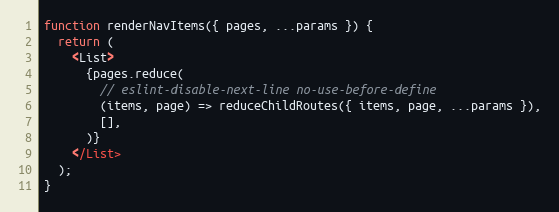
Language: JavaScript
function renderNavItems({ pages, ...params }) {
  return (
    <List>
      {pages.reduce(
        // eslint-disable-next-line no-use-before-define
        (items, page) => reduceChildRoutes({ items, page, ...params }),
        [],
      )}
    </List>
  );
}